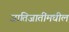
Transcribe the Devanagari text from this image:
जातिजातींमधील